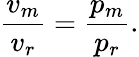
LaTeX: {\frac{v_{m}}{v_{r}}}={\frac{p_{m}}{p_{r}}}.